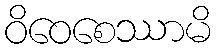
ဝိဝေစေဿာမိ